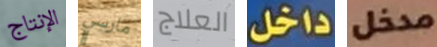
الإنتاج مارسي العلاج داخل مدخل